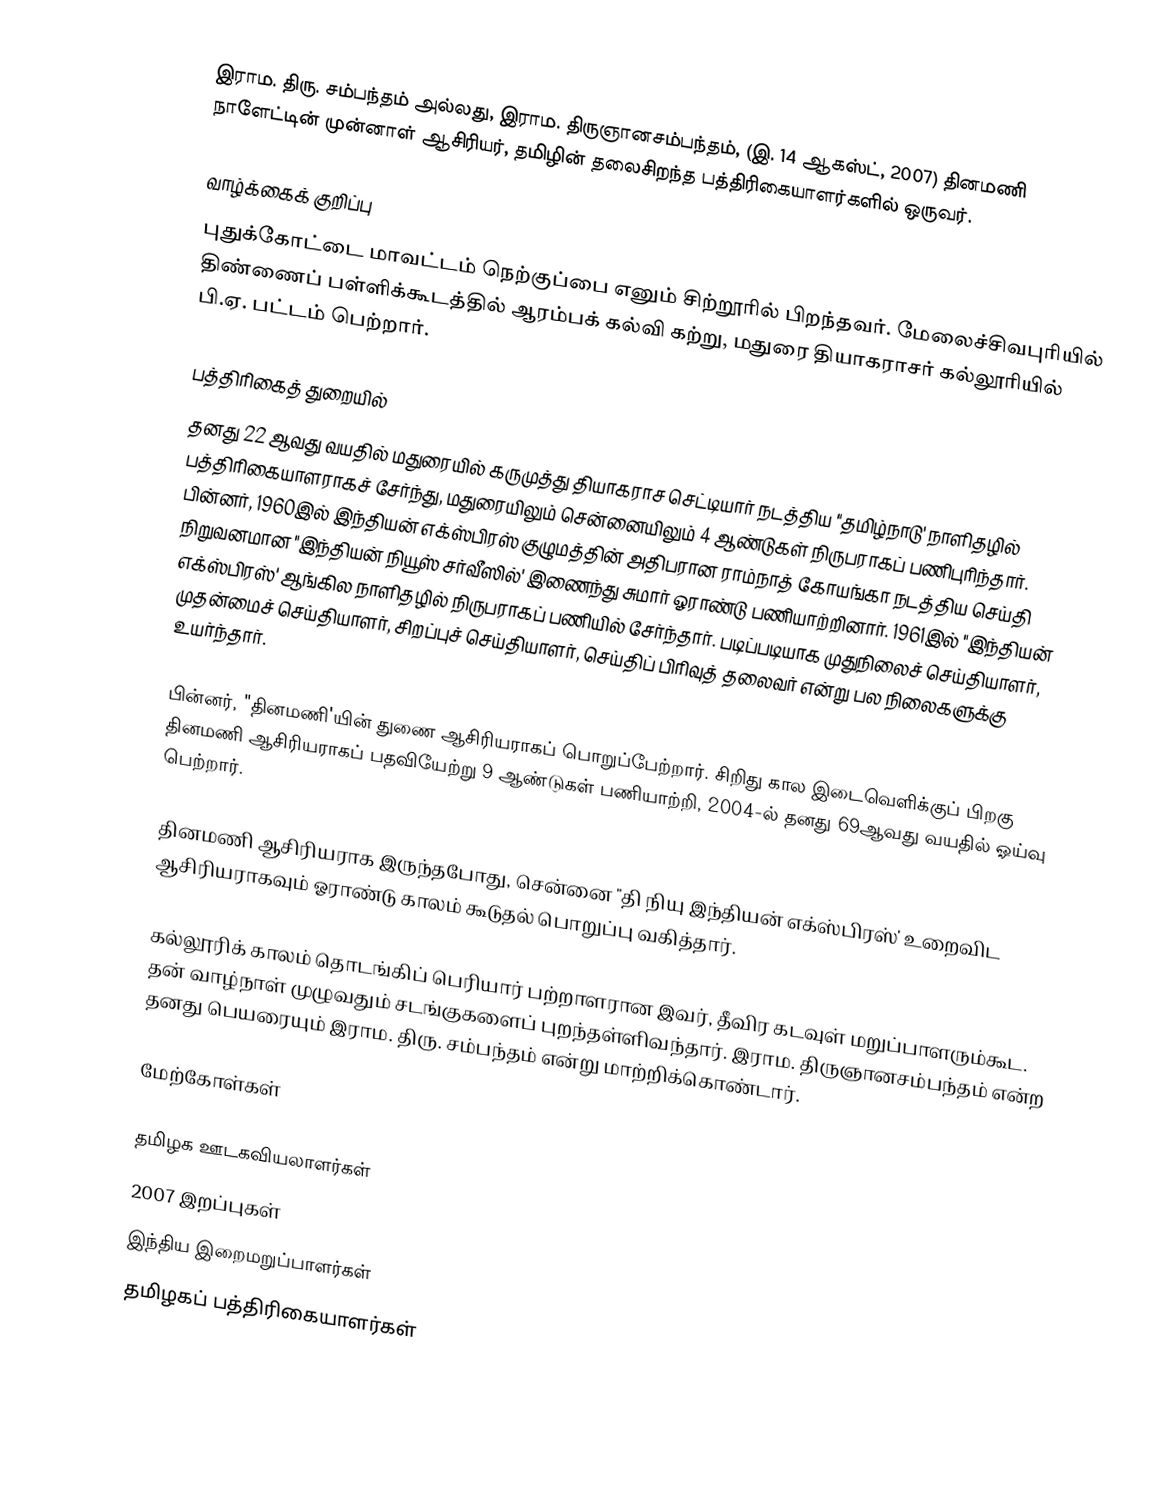
இராம. திரு. சம்பந்தம் அல்லது, இராம. திருஞானசம்பந்தம், (இ. 14 ஆகஸ்ட், 2007) தினமணி நாளேட்டின் முன்னாள் ஆசிரியர், தமிழின் தலைசிறந்த பத்திரிகையாளர்களில் ஒருவர்.

வாழ்க்கைக் குறிப்பு
புதுக்கோட்டை மாவட்டம் நெற்குப்பை எனும் சிற்றூரில் பிறந்தவர். மேலைச்சிவபுரியில் திண்ணைப் பள்ளிக்கூடத்தில் ஆரம்பக் கல்வி கற்று, மதுரை தியாகராசர் கல்லூரியில் பி.ஏ. பட்டம் பெற்றார்.

பத்திரிகைத் துறையில்
தனது 22 ஆவது வயதில் மதுரையில் கருமுத்து தியாகராச செட்டியார் நடத்திய "தமிழ்நாடு' நாளிதழில் பத்திரிகையாளராகச் சேர்ந்து, மதுரையிலும் சென்னையிலும் 4 ஆண்டுகள் நிருபராகப் பணிபுரிந்தார். பின்னர், 1960இல் இந்தியன் எக்ஸ்பிரஸ் குழுமத்தின் அதிபரான ராம்நாத் கோயங்கா நடத்திய செய்தி நிறுவனமான "இந்தியன் நியூஸ் சர்வீஸில்' இணைந்து சுமார் ஓராண்டு பணியாற்றினார். 1961இல் "இந்தியன் எக்ஸ்பிரஸ்' ஆங்கில நாளிதழில் நிருபராகப் பணியில் சேர்ந்தார். படிப்படியாக முதுநிலைச் செய்தியாளர், முதன்மைச் செய்தியாளர், சிறப்புச் செய்தியாளர், செய்திப் பிரிவுத் தலைவர் என்று பல நிலைகளுக்கு உயர்ந்தார்.

பின்னர், "தினமணி'யின் துணை ஆசிரியராகப் பொறுப்பேற்றார். சிறிது கால இடைவெளிக்குப் பிறகு தினமணி ஆசிரியராகப் பதவியேற்று 9 ஆண்டுகள் பணியாற்றி, 2004-ல் தனது 69ஆவது வயதில் ஓய்வு பெற்றார்.

தினமணி ஆசிரியராக இருந்தபோது, சென்னை "தி நியு இந்தியன் எக்ஸ்பிரஸ்' உறைவிட ஆசிரியராகவும் ஓராண்டு காலம் கூடுதல் பொறுப்பு வகித்தார்.

கல்லூரிக் காலம் தொடங்கிப் பெரியார் பற்றாளரான இவர், தீவிர கடவுள் மறுப்பாளரும்கூட. தன் வாழ்நாள் முழுவதும் சடங்குகளைப் புறந்தள்ளிவந்தார். இராம. திருஞானசம்பந்தம் என்ற தனது பெயரையும் இராம. திரு. சம்பந்தம் என்று மாற்றிக்கொண்டார்.

மேற்கோள்கள்

தமிழக ஊடகவியலாளர்கள்
2007 இறப்புகள்
இந்திய இறைமறுப்பாளர்கள்
தமிழகப் பத்திரிகையாளர்கள்